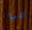
في